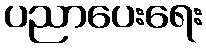
ပညာပေးရေး